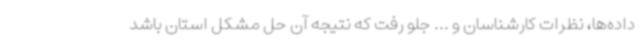
داده‌ها، نظرات کارشناسان و ... جلو رفت که نتیجه آن حل مشکل استان باشد